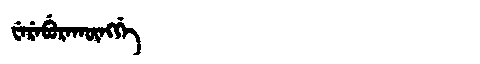
Manchu: ᠸᡝᡵᡝᠪᡠᡵᠠᡴᡡᠩᡤᡝ
Romanization: WEREBURAKŪNGGE